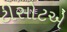
ટીસોટએ